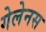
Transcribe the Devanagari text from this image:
गेलेनस